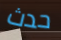
حدث